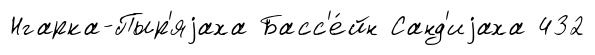
Нгарка-Пыр'яjаха Басс'е́йн Санд'иjаха 432